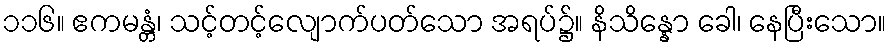
၁၁၆။ ဧကမန္တံ၊ သင့်တင့်လျောက်ပတ်သော အရပ်၌။ နိသိန္နော ခေါ၊ နေပြီးသော။